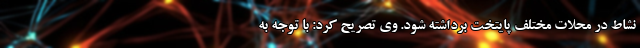
نشاط در محلات مختلف پایتخت برداشته شود. وی تصریح کرد: با توجه به